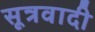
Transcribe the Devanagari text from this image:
सूत्रवादी